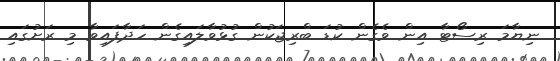
ނިޔާމަ ރިސޯޓާ އިން ވެގެން ކުޑަ ބްރިޖަކުން ގުޅުވާލައިގެން ހަދާފައިވާ މި ރަށުގައި